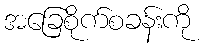
အခြေစိုက်စခန်းကို